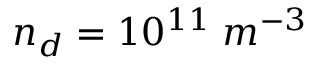
n _ { d } = 1 0 ^ { 1 1 } \; m ^ { - 3 }